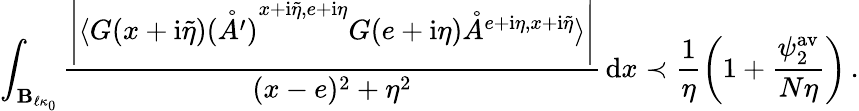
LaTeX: \int_{\mathbf{B}_{\ell\kappa_{0}}}\frac{\left\vert\langle G(x+\mathrm{i}\tilde{\eta})\mathring{(A^{\prime})}^{{x+\mathrm{i}\tilde{\eta},e+\mathrm{i}\eta}}G(e+\mathrm{i}\eta)\mathring{A}^{{e+\mathrm{i}\eta,x+\mathrm{i}\tilde{\eta}}}\rangle\right\vert}{(x-e)^{2}+\eta^{2}}\, \mathrm{d}x\prec\frac{1}{\eta}\left(1+\frac{\psi_{2}^{\mathrm{av}}}{N\eta}\right)\, .